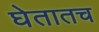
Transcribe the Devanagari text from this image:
घेतातच